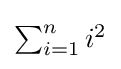
\textstyle \sum _{i=1}^{n}i^{2}